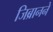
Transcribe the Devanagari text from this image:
जिब्रानने